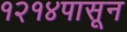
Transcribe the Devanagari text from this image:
१२१४पासून